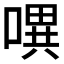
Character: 𭊈